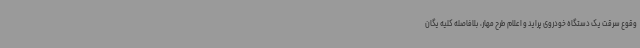
وقوع سرقت یک دستگاه خودروی پراید و اعلام طرح مهار، بلافاصله کلیه یگان